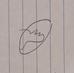
Signature authenticity: forged